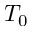
T _ { 0 }